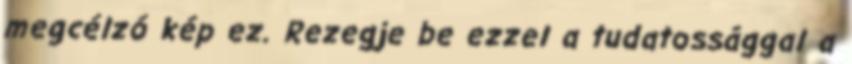
megcélzó kép ez. Rezegje be ezzel a tudatossággal a